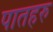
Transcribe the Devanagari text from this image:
पातहरु